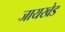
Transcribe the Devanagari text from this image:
जायखेड